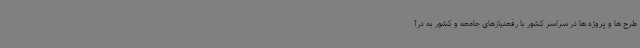
طرح ها و پروژه ها در سراسر کشور با رفعنیازهای جامعه و کشور به درآ